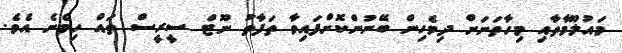
މައުލޫމާތާއި މިހާތަނަށް ދިވެހިން ބޭނުންކޮށްފައިވާ ތަފާތު ނޫޓް ސީރީސް ތައް ހިމެނެ އެވެ.